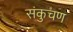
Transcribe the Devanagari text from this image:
संकुचण